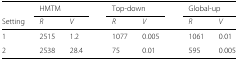
|  | <COLSPAN=2> HMTM |  | <COLSPAN=2> Top-down |  | <COLSPAN=2> Global-up |
 | Setting | R | V |  | R | V |  | R | V |
 | --- | --- | --- | --- | --- | --- | --- | --- | --- |
 | 1 | 2515 | 1.2 |  | 1077 | 0.005 |  | 1061 | 0.01 |
 | 2 | 2538 | 28.4 |  | 75 | 0.01 |  | 595 | 0.005 |